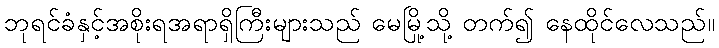
ဘုရင်ခံနှင့်အစိုးရအရာရှိကြီးများသည် မေမြို့သို့ တက်၍ နေထိုင်လေသည်။